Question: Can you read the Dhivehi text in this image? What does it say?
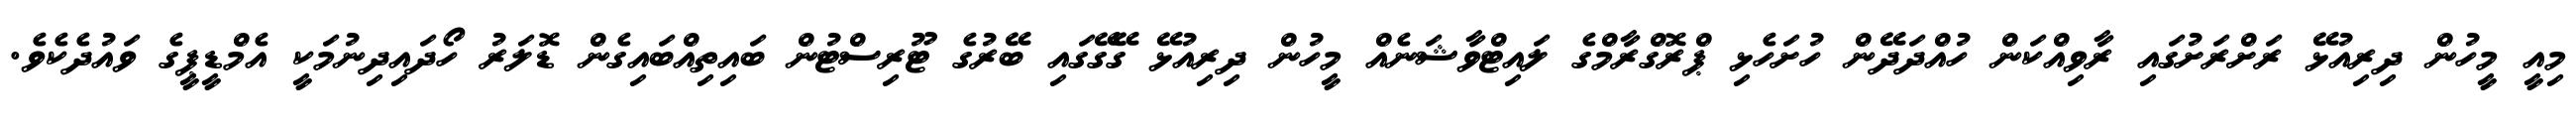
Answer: މިއީ މީހުން ދިރިއުޅޭ ރަށްރަށުގައި ރާވިއްކަން ހުއްދަދޭން ހުށަހެޅި ޕްރޮގްރާމްގެ ލައިޓްވާޝަނެއް މީހުން ދިރިއުޅޭ ގޭގޭގައި ބޭރުގެ ޓޫރިސްޓުން ބައިތިއްބައިގެން ޑޮލަރު ހޯދައިދިނުމަކީ އެމްޑީޕީގެ ވައުދެކެވެ.